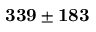
\mathbf { 3 3 9 \pm 1 8 3 }